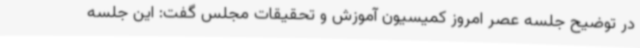
در توضیح جلسه عصر امروز کمیسیون آموزش و تحقیقات مجلس گفت: این جلسه